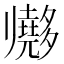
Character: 𱘫